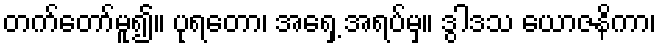
တက်တော်မူ၍။ ပုရတော၊ အရှေ့ အရပ်မှ။ ဒွါဒသ ယောဇနိကာ၊